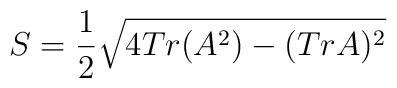
S= \frac{1}{2} \sqrt{  4 Tr(A^2) - (Tr A)^2 }